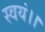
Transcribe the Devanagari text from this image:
स्वयं।।